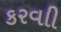
કરવાી